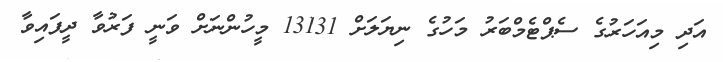
އަދި މިއަހަރުގެ ސެޕްޓެމްބަރު މަހުގެ ނިޔަލަށް 13131 މީހުންނަށް ވަނީ ފަރުވާ ދީފައިވާ